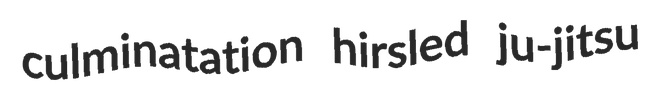
culminatation hirsled ju-jitsu